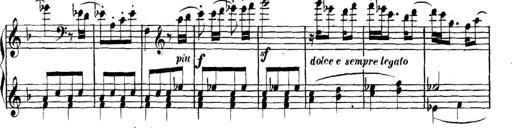
Title: Collected Piano Sonatas
Composer: Muzio Clementi